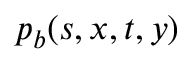
p _ { b } ( s , x , t , y )